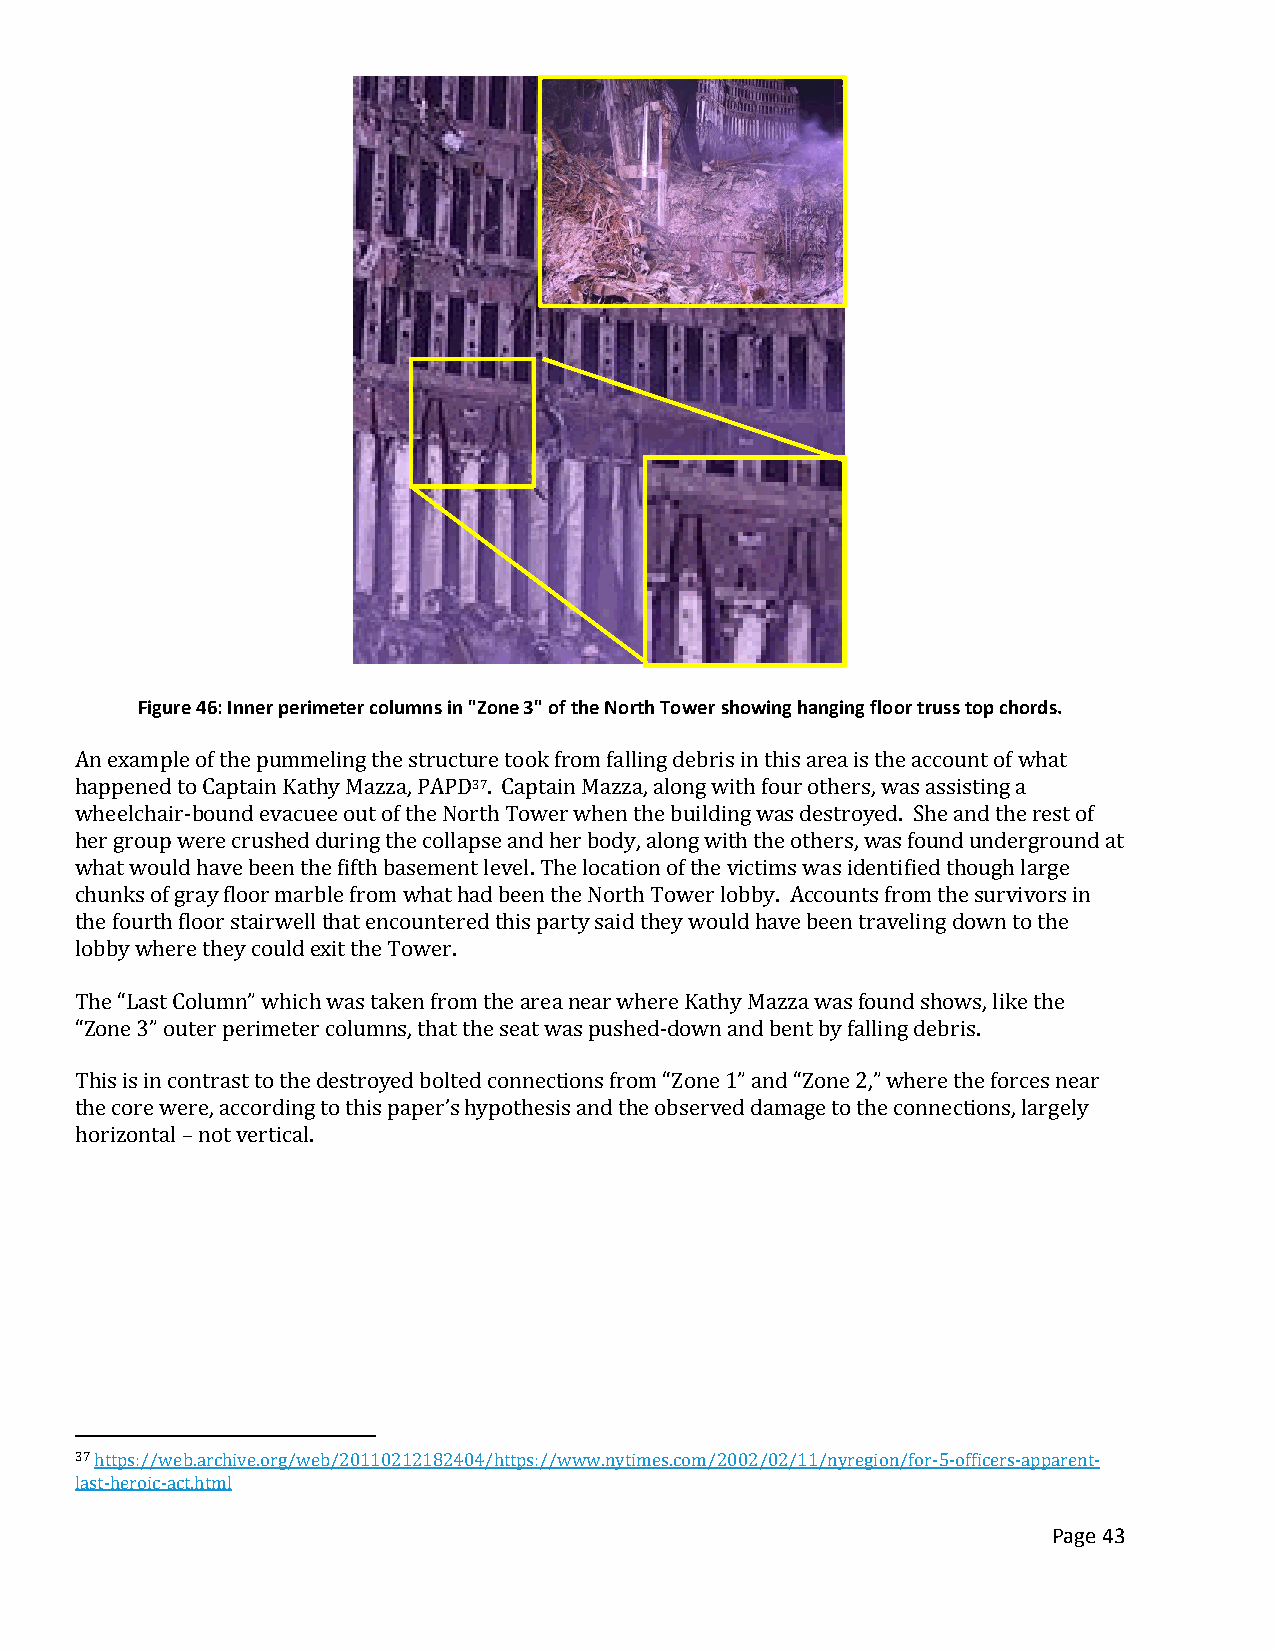
Figure 46: Inner perimeter columns in "Zone 3" of the North Tower showing hanging floor truss top chords.
 An example of the pummeling the structure took from falling debris in this area is the account of what
 happened to Captain Kathy Mazza, PAPD37. Captain Mazza, along with four others, was assisting a
 wheelchair-bound evacuee out of the North Tower when the building was destroyed. She and the rest of
 her group were crushed during the collapse and her body, along with the others, was found underground at
 what would have been the fifth basement level. The location of the victims was identified though large
 chunks of gray floor marble from what had been the North Tower lobby. Accounts from the survivors in
 the fourth floor stairwell that encountered this party said they would have been traveling down to the
 lobby where they could exit the Tower.
 The “Last Column” which was taken from the area near where Kathy Mazza was found shows, like the
 “Zone 3” outer perimeter columns, that the seat was pushed-down and bent by falling debris.
 This is in contrast to the destroyed bolted connections from “Zone 1” and “Zone 2,” where the forces near
 the core were, according to this paper’s hypothesis and the observed damage to the connections, largely
 horizontal – not vertical.
 37 https://web.archive.org/web/20110212182404/https://www.nytimes.com/2002/02/11/nyregion/for-5-officers-apparent-
 last-heroic-act.html
 Page 43